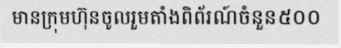
មានក្រុមហ៊ុនចូលរួមតាំងពិព័រណ៍ចំនួន៥០០